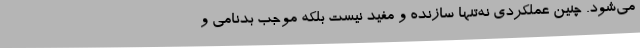
می‌شود. چنین عملکردی نه‌تنها سازنده و مفید نیست بلکه موجب بدنامی و